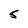
Character: 5